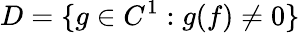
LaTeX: D=\{ g\in C^{1}:g(f)\neq 0\}